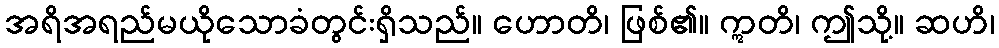
အရိအရည်မယိုသောခံတွင်းရှိသည်။ ဟောတိ၊ ဖြစ်၏။ ဣတိ၊ ဤသို့။ ဆဟိ၊